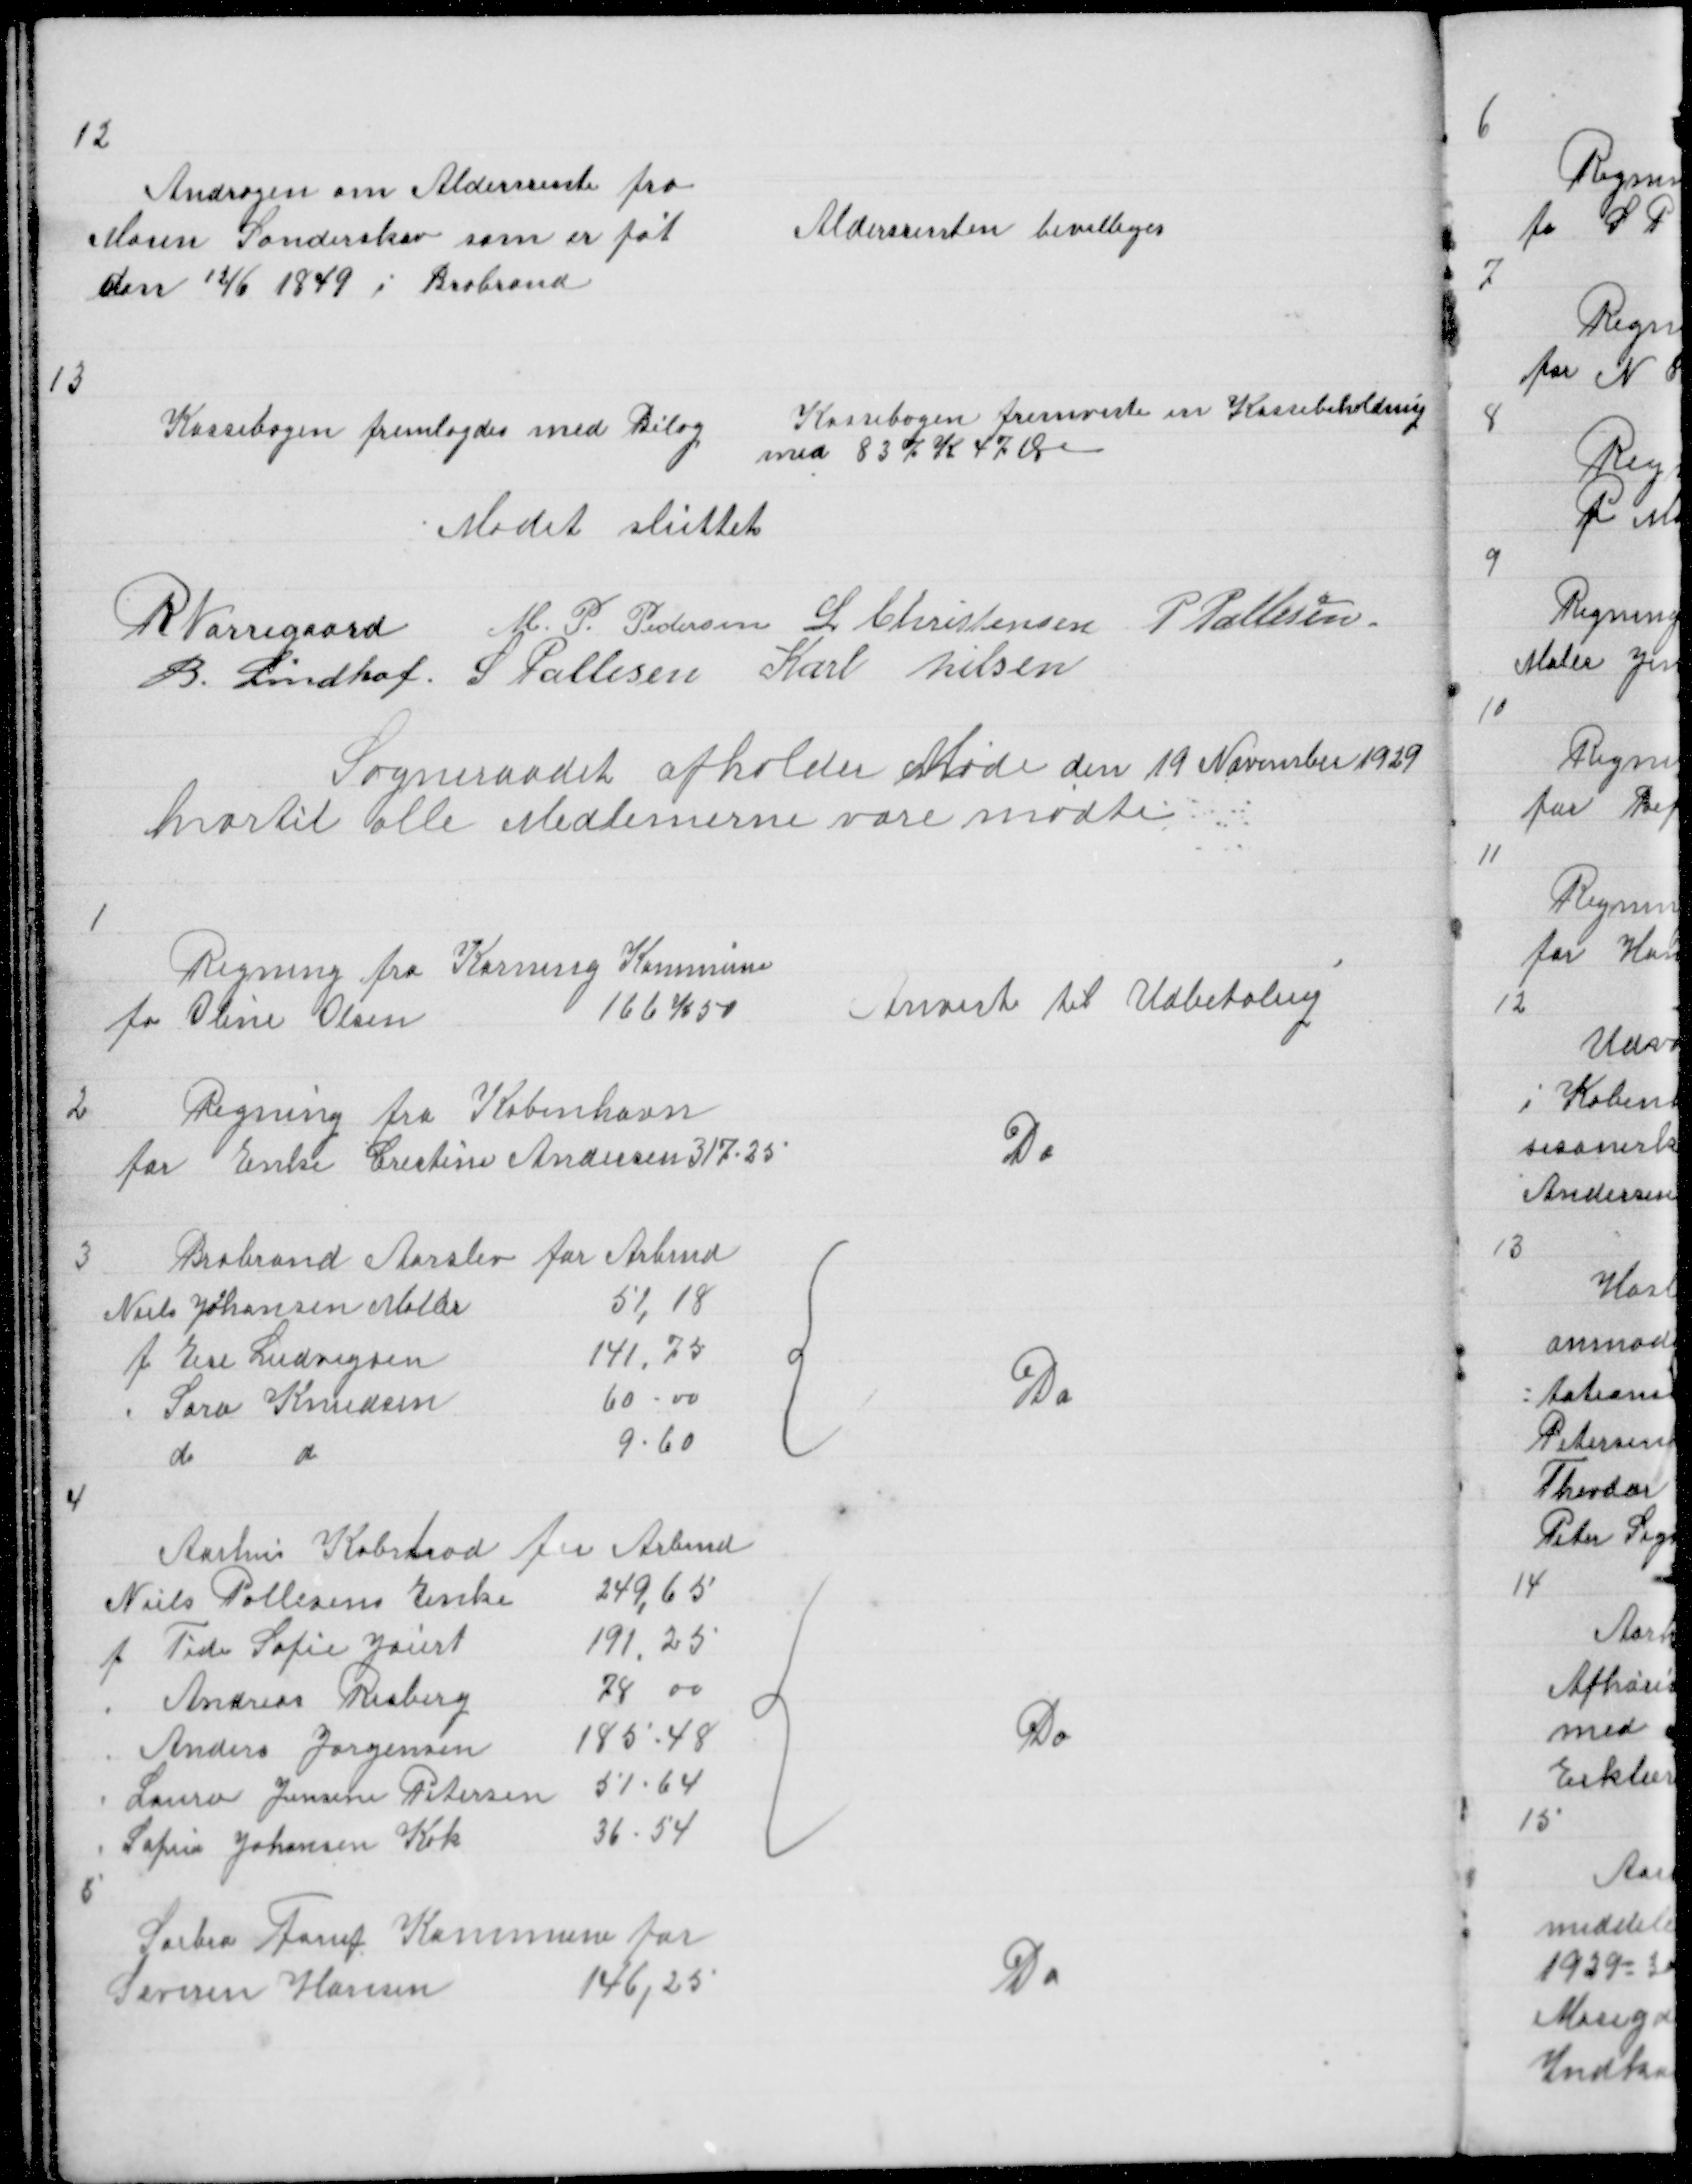
Transskription:
12

Andragen om Aldersrente fra
Maren Sønderskov som er føt
den 12/6 1849 i Brabrand

Aldersrenten bevilliges

13

Kassebogen fremlagdes med Bilag

Kassebogen fremviste en Kassebeholdning
med 837 K 47 Øre

Mødet sluttet

R Nørregaard M. P. Pedersen L Christensen P Pallesen
B. Lindhof S Pallesen Karl Nielsen

Sogneraadet afholder Møde den 19 November 1929
hvortil alle Medlemerne vare mødte

1

Regning fra Korning Kommune
fo Oline Olsen
166 K 50

Anvist til Udbetaling

2

Regning fra København
for Enke Christine Andersen 317 - 25

Do

3

{

Do

4

{

Do

8

Sabro Farup Kommune for
Severin Hansen
146,25

Do